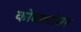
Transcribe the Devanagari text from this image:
कोंबड्यांसह